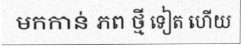
មកកាន់ ភព ថ្មី ទៀត ហើយ